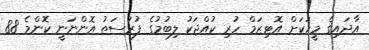
އާދައިގެ މީހަކަށް އޮޓިޒަމް ހުރި ކުއްޖަކު ލިބުމުގެ ފުރުސަތު އޮންނަނީ ކޮންމެ 88